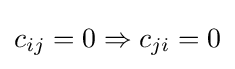
c_{ij}=0\Rightarrow c_{ji}=0